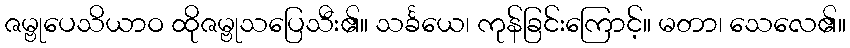
ဇမ္ဗုပေသိယာဝ ထိုဇမ္ဗုသပြေသီး၏။ သင်္ခယေ၊ ကုန်ခြင်းကြောင့်။ မတာ၊ သေလေ၏။